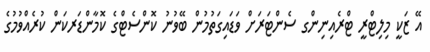
އޭ ޒަކީ މިލިޓްރީ ޓްރެއިނިންގ ސެންޓަރަށް ވަޑައިގަތުމުން ބޭވުނު ކޮންސެޓްގެ ކޮމާންޑަރކަން ކުރެއްވުމުގެ